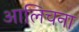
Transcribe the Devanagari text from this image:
आलिचना